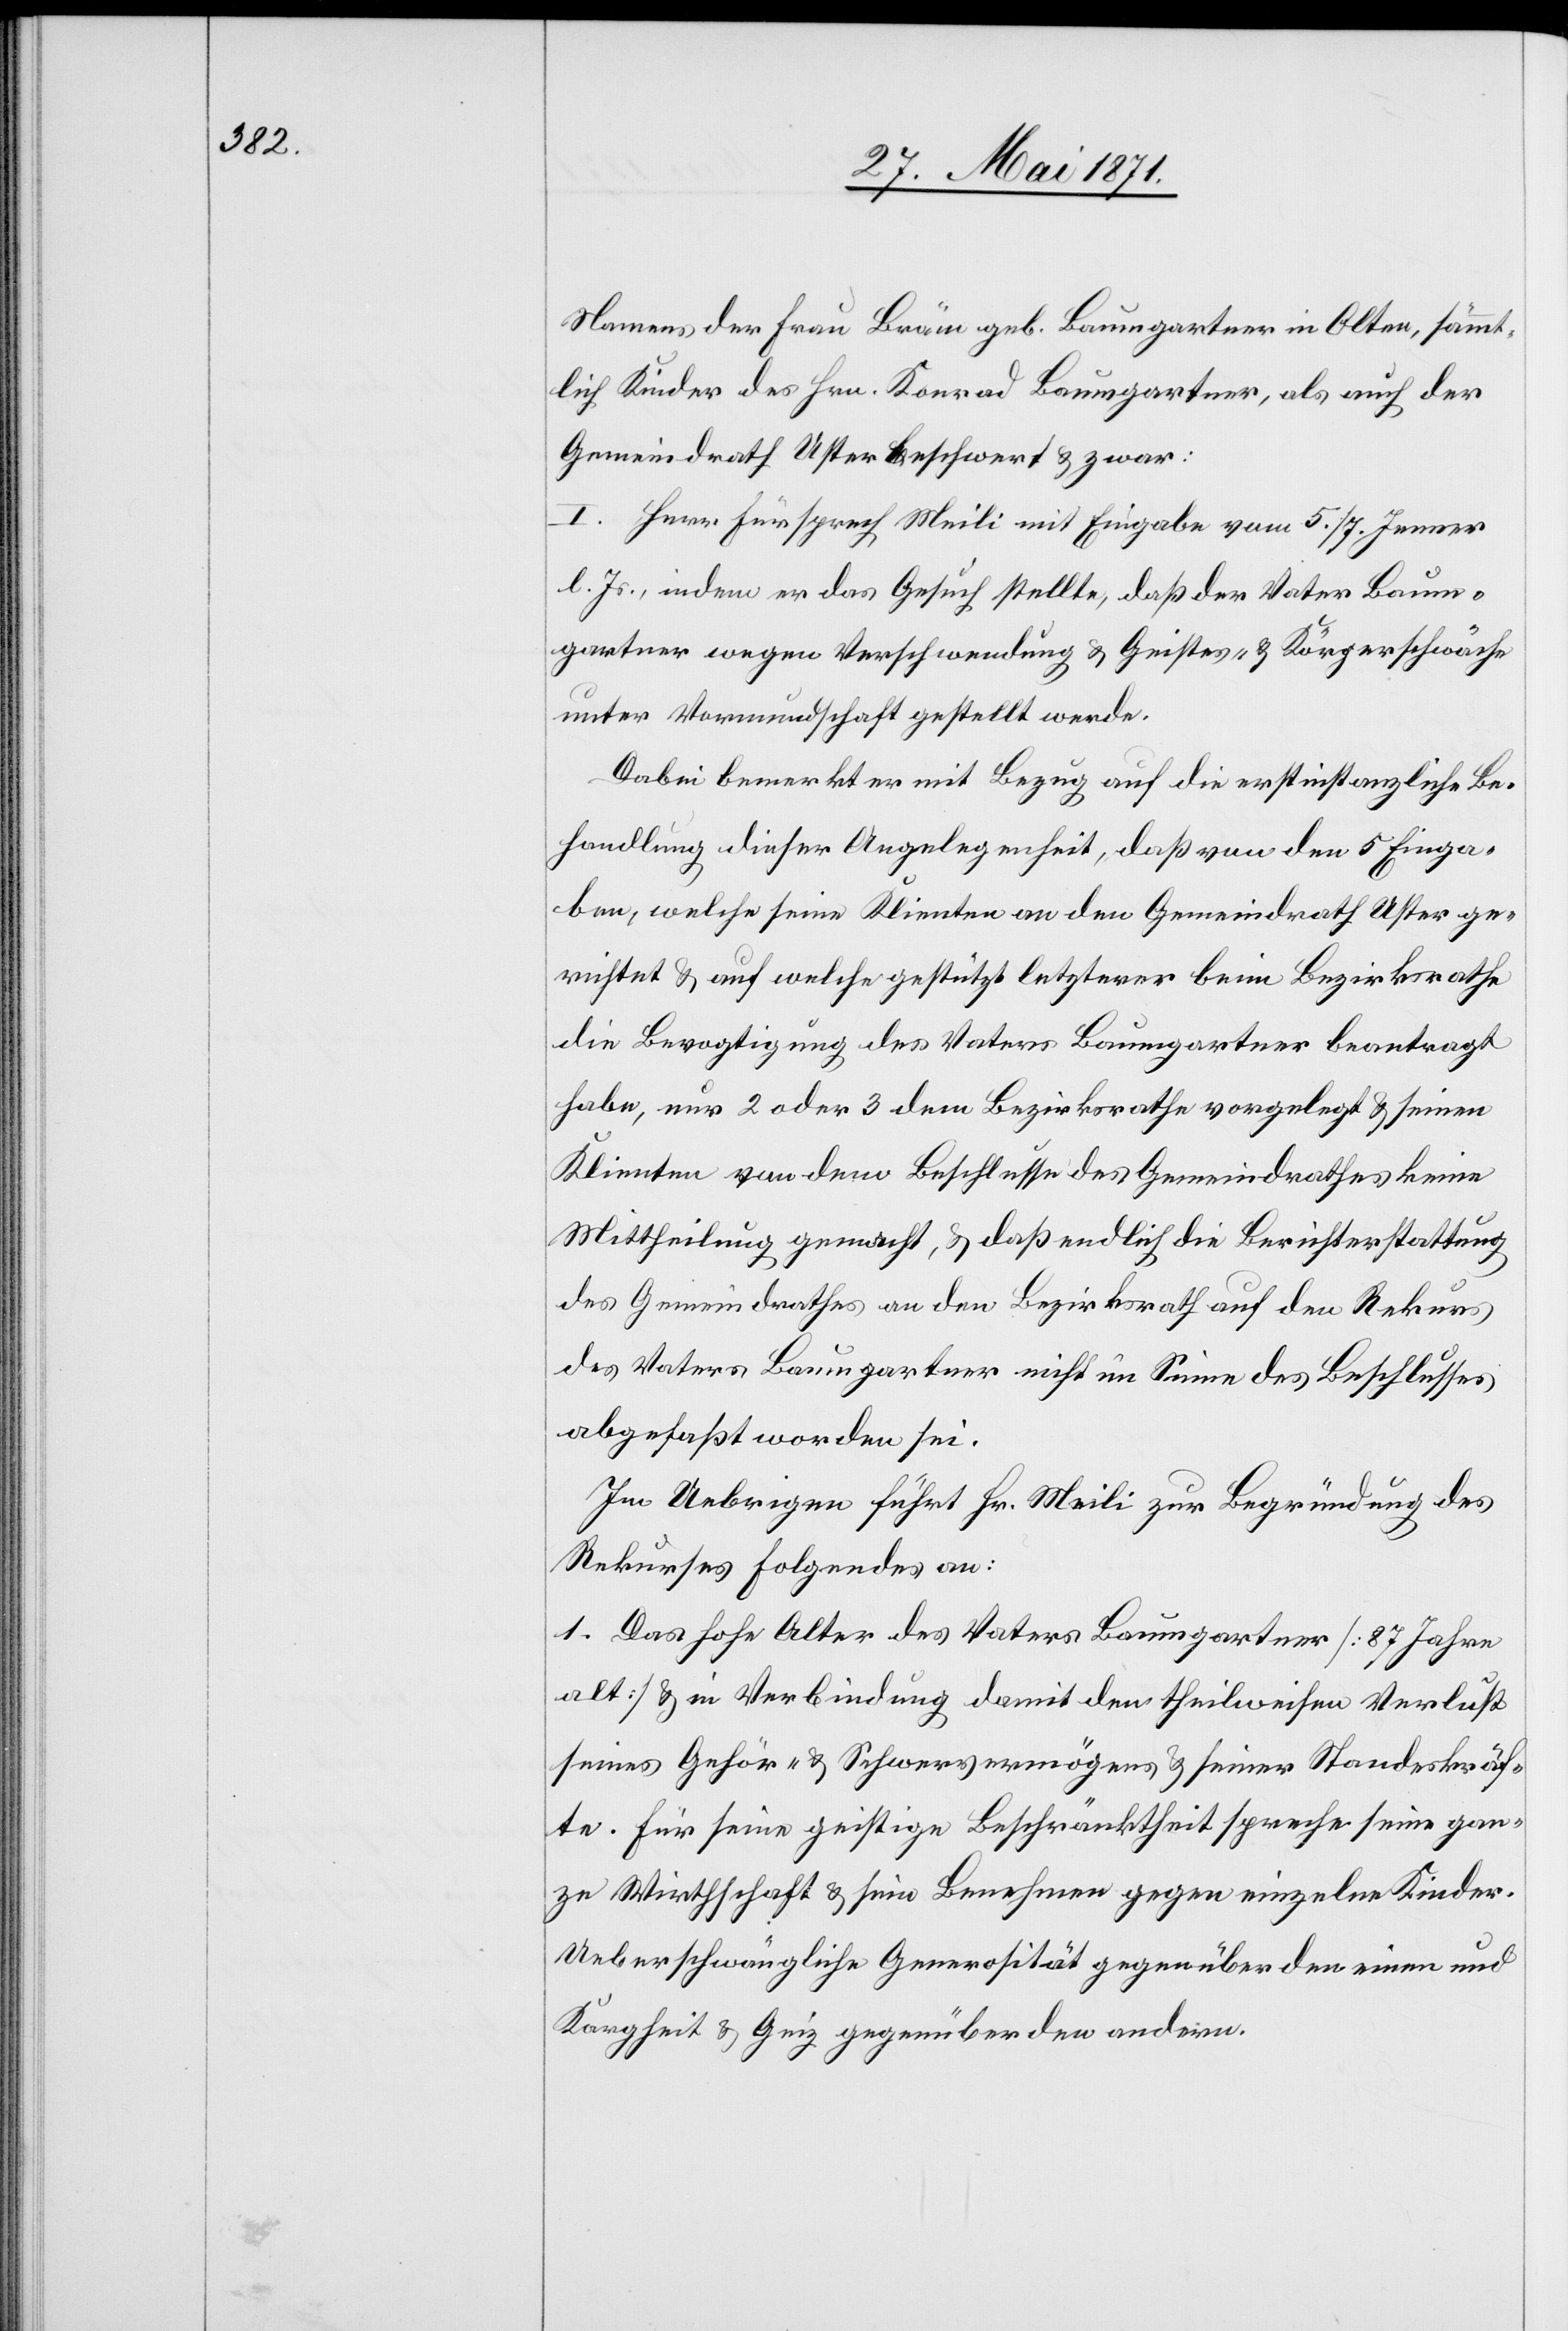
Namens der Frau Bräm geb. Baumgartner in Olten, sämmt¬
lich Kinder des Hrn. Konrad Baumgartner, als auch der
Gemeindrath Uster beschwert u. zwar:
I. Herr Fürsprech Meili mit Eingabe vom 5./7. Jenner
l. Js., indem er das Gesuch stellte, daß der Vater Baum¬
gartner wegen Verschwendung u. Geistes- u. Körperschwäche
unter Vormundschaft gestellt werde.
Dabei bemerkt er mit Bezug auf die erstinstanzliche Be¬
handlung dieser Angelegenheit, daß von den 5 Einga¬
ben, welche seine Klienten an den Gemeindrath Uster ge¬
richtet u. auf welche gestützt letzterer beim Bezirksrathe
die Bevogtigung des Vaters Baumgartner beantragt
habe, nur 2 oder 3 dem Bezirksrathe vorgelegt u. seinem
Klienten von dem Beschlusse des Gemeindrathes keine
Mittheilung gemacht, u. daß endlich die Berichterstattung
des Gemeindrathes an den Bezirksrath auf den Rekurs
des Vaters Baumgartner nicht im Sinne des Beschlusses
abgefaßt worden sei.
Im Uebrigen führt Hr. Meili zur Begründung des
Rekurses Folgendes an:
1. Das hohe Alter des Vaters Baumgartner [87 Jahre
alt] u. in Verbindung damit den theilweisen Verlust
seines Gehör- u. Schwervermögens u. seiner Standeskräf¬
te. Für seine geistige Beschränktheit spreche seine gan¬
ze Wirthschaft u. sein Benehmen gegen einzelne Kinder.
Ueberschwängliche Generosität gegenüber den einen und
Kargheit u. Geiz gegenüber den andern.